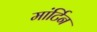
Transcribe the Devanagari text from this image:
मांर्टिन